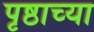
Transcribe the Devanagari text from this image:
पृष्ठाच्या